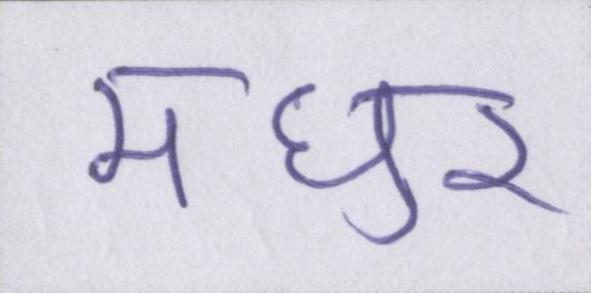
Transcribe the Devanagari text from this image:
मधुर